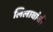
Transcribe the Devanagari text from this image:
लिलावांची